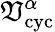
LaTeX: \mathfrak{V}_{\mathrm{{cyc}}}^{\alpha}